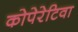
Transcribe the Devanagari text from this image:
कोपेरेटिवा